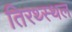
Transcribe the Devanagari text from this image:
तिरथ्स्थल